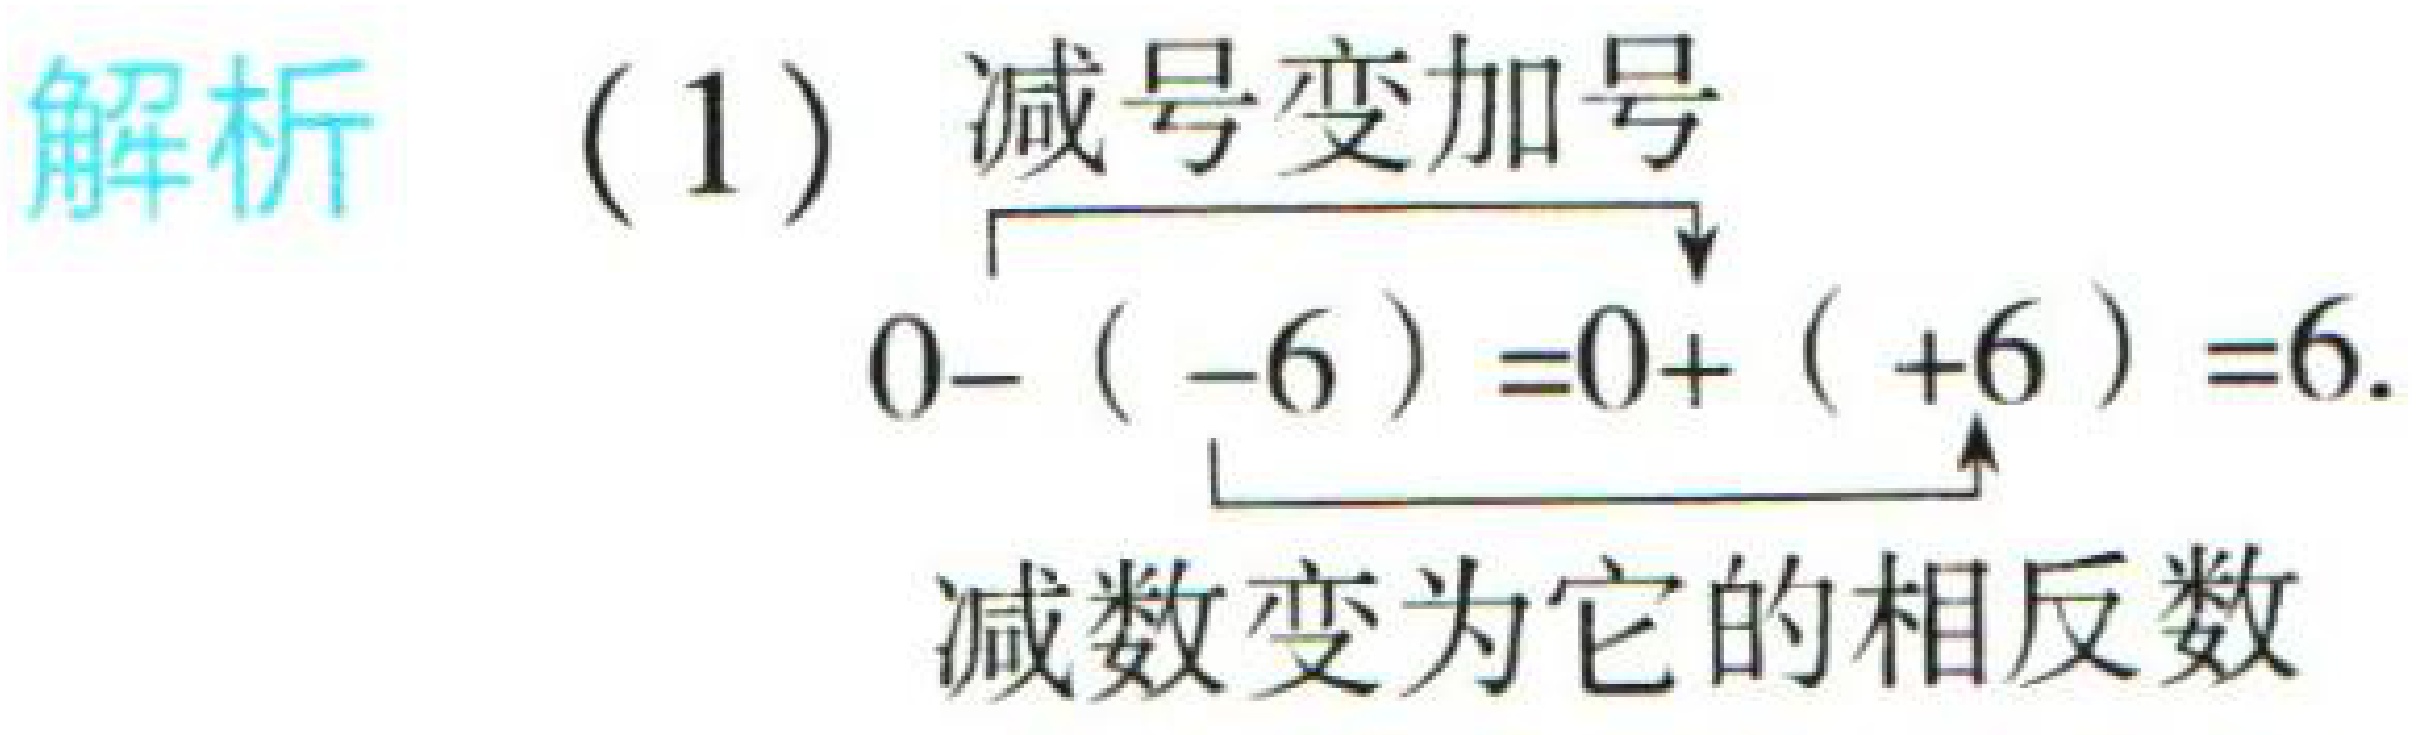
解析
(1) 减号变加号
\[
0 - (-6)\overset{\text{减号变加号}}{=}0+( + 6)\overset{\text{减数变为它的相反数}}{=}6.
\]